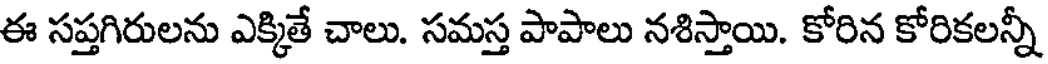
ఈ సప్తగిరులను ఎక్కితే చాలు. సమస్త పాపాలు నశిస్తాయి. కోరిన కోరికలన్నీ